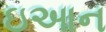
ઇઆન